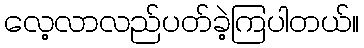
လေ့လာလည်ပတ်ခဲ့ကြပါတယ်။